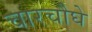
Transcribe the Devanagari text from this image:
चारचौघे